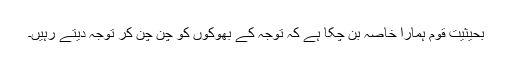
بحیثیت قوم ہمارا خاصہ بن چکا ہے کہ توجہ کے بھوکوں کو چن چن کر توجہ دیتے رہیں۔